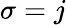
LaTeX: \sigma=j